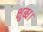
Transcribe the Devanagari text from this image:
क्षुब्ध।